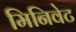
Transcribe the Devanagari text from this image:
मिनिवेट